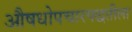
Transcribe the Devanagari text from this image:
औषधोपचारपद्धतीला